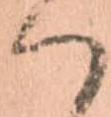
ハ